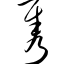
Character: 隽